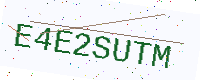
Text: E4E2SUTM